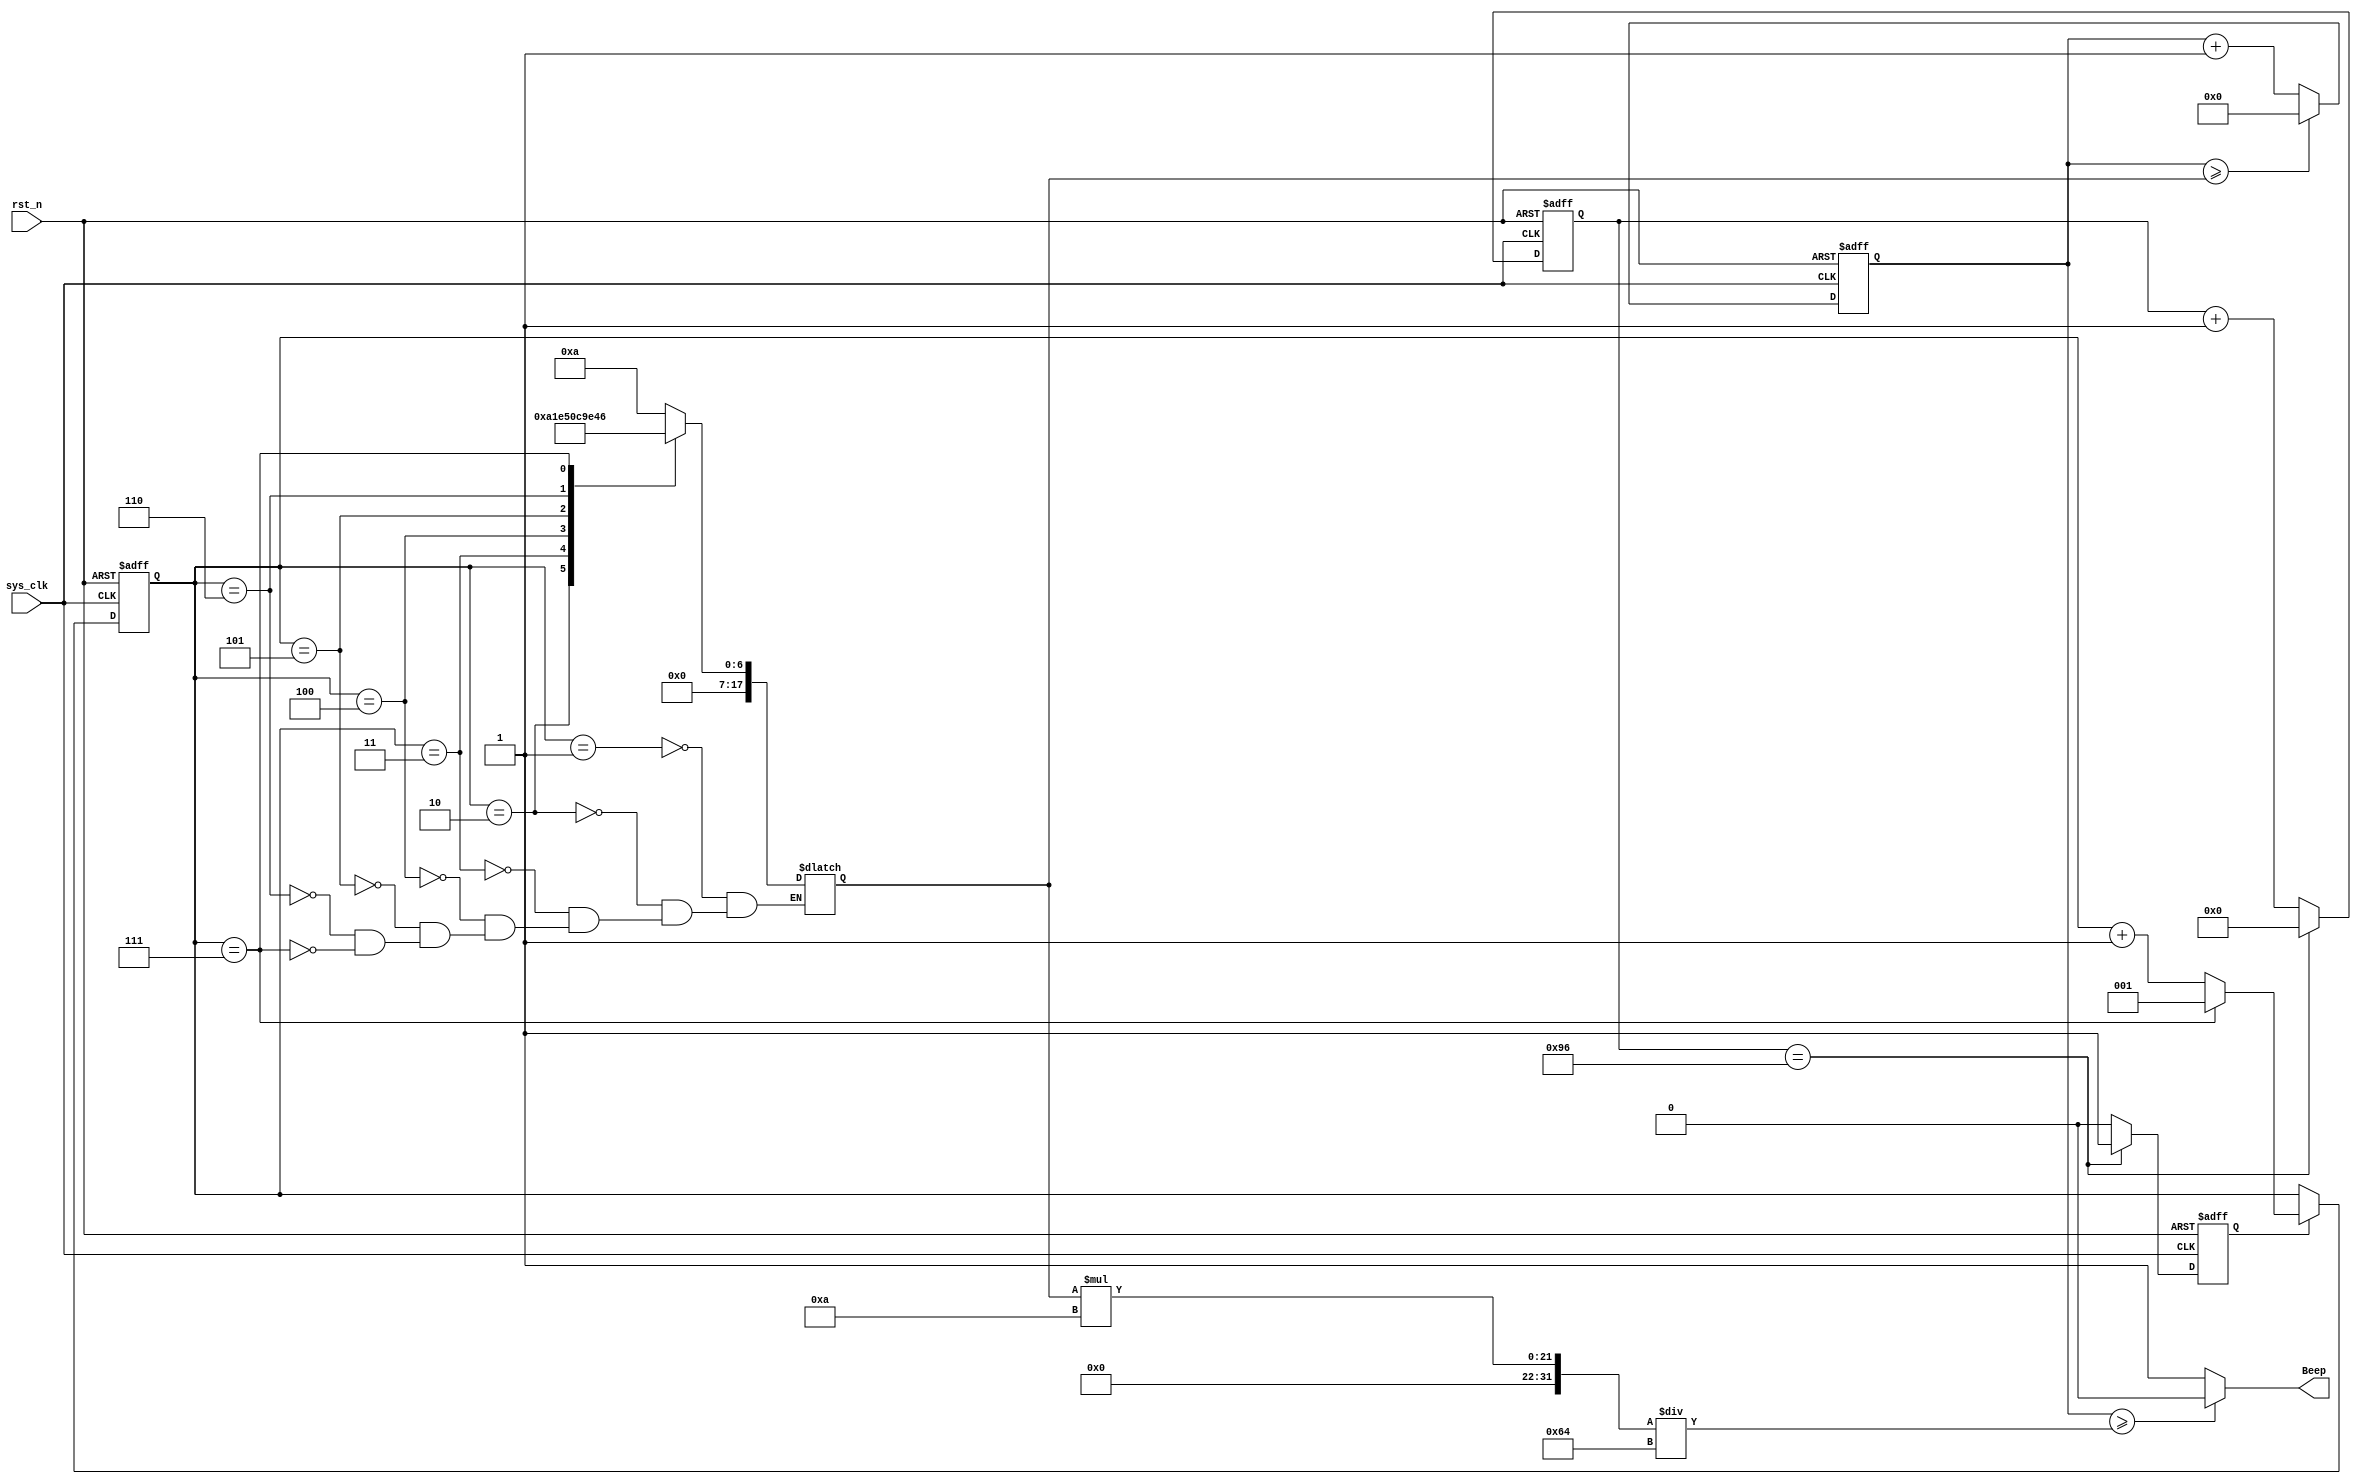
module Beep 
(
    input wire sys_clk, 
    input wire rst_n,     // 
    output wire Beep               
);  


    reg [24:0] time_500ms_cnt;
    reg time_500ms_flag;
    reg [17:0] pwm_overflow, pwm_cnt;
    reg [2:0] num;
    /*parameter DO = 18'd190_839;             //"DO"262
    parameter RE = 18'd170_067;             //"RE"294
    parameter MI = 18'd151_514;             //"MI"330
    parameter FA = 18'd143_265;             //"FA"349
    parameter SO = 18'd127_550;             //"SO"392
    parameter LA = 18'd113_635;             //"LA"440
    parameter XI = 18'd101_214;             //"XI"494
    parameter TIME_500MS = 25'd24_999_999;  //0.5s*/
    
    parameter DO = 18'd10;             //"DO"262
    parameter RE = 18'd20;             //"RE"294
    parameter MI = 18'd30;             //"MI"330
    parameter FA = 18'd40;        //"FA"349
    parameter SO = 18'd50;             //"SO"392
    parameter LA = 18'd60;       //"LA"440
    parameter XI = 18'd70;             //"XI"494
    parameter TIME_500MS = 25'd150;  //0.5s


    //0.5s
    always @(posedge sys_clk, negedge rst_n) begin
        if(rst_n == 1'b0) begin
            time_500ms_cnt <= 25'd0;
            time_500ms_flag <= 1'b0;
        end
        else begin
            if(time_500ms_cnt == TIME_500MS) begin
                time_500ms_cnt <= 25'd0;
                time_500ms_flag <= 1'b1;
            end
            else begin
                time_500ms_cnt <= time_500ms_cnt + 25'd1;
                time_500ms_flag <= 1'b0;
            end
        end
    end
    
    //
    always @(posedge sys_clk, negedge rst_n) begin
        if(rst_n == 1'b0) 
            num <= 3'd1;
        else if(time_500ms_flag == 1'b1)begin
            if(num == 3'd7) 
                num <= 3'd1;
            else 
                num <= num + 3'd1;
        end
        else
            num <= num;
    end
    //PWM
    always @(*) begin
        case(num)
            3'd1:pwm_overflow = DO;
            3'd2:pwm_overflow = RE;
            3'd3:pwm_overflow = MI;
            3'd4:pwm_overflow = FA;
            3'd5:pwm_overflow = SO;
            3'd6:pwm_overflow = LA;
            3'd7:pwm_overflow = XI;
        endcase
    end
    
    //PWM
    always @(posedge sys_clk, negedge rst_n) begin
        if(rst_n == 1'b0) 
            pwm_cnt <= 18'd0;
        else begin
            if(pwm_cnt >= pwm_overflow) 
                pwm_cnt <= 18'd0;
            else 
                pwm_cnt <= pwm_cnt + 18'd1;
        end
    end
    
    assign Beep = (pwm_cnt >= pwm_overflow * 10 / 100) ? 0 : 1;   //PWM30
    
endmodule